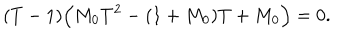
LaTeX: ( T - 1 ) \Bigl ( M _ { 0 } T ^ { 2 } - ( 1 + M _ { 0 } ) T + M _ { 0 } \Bigr ) = 0 .